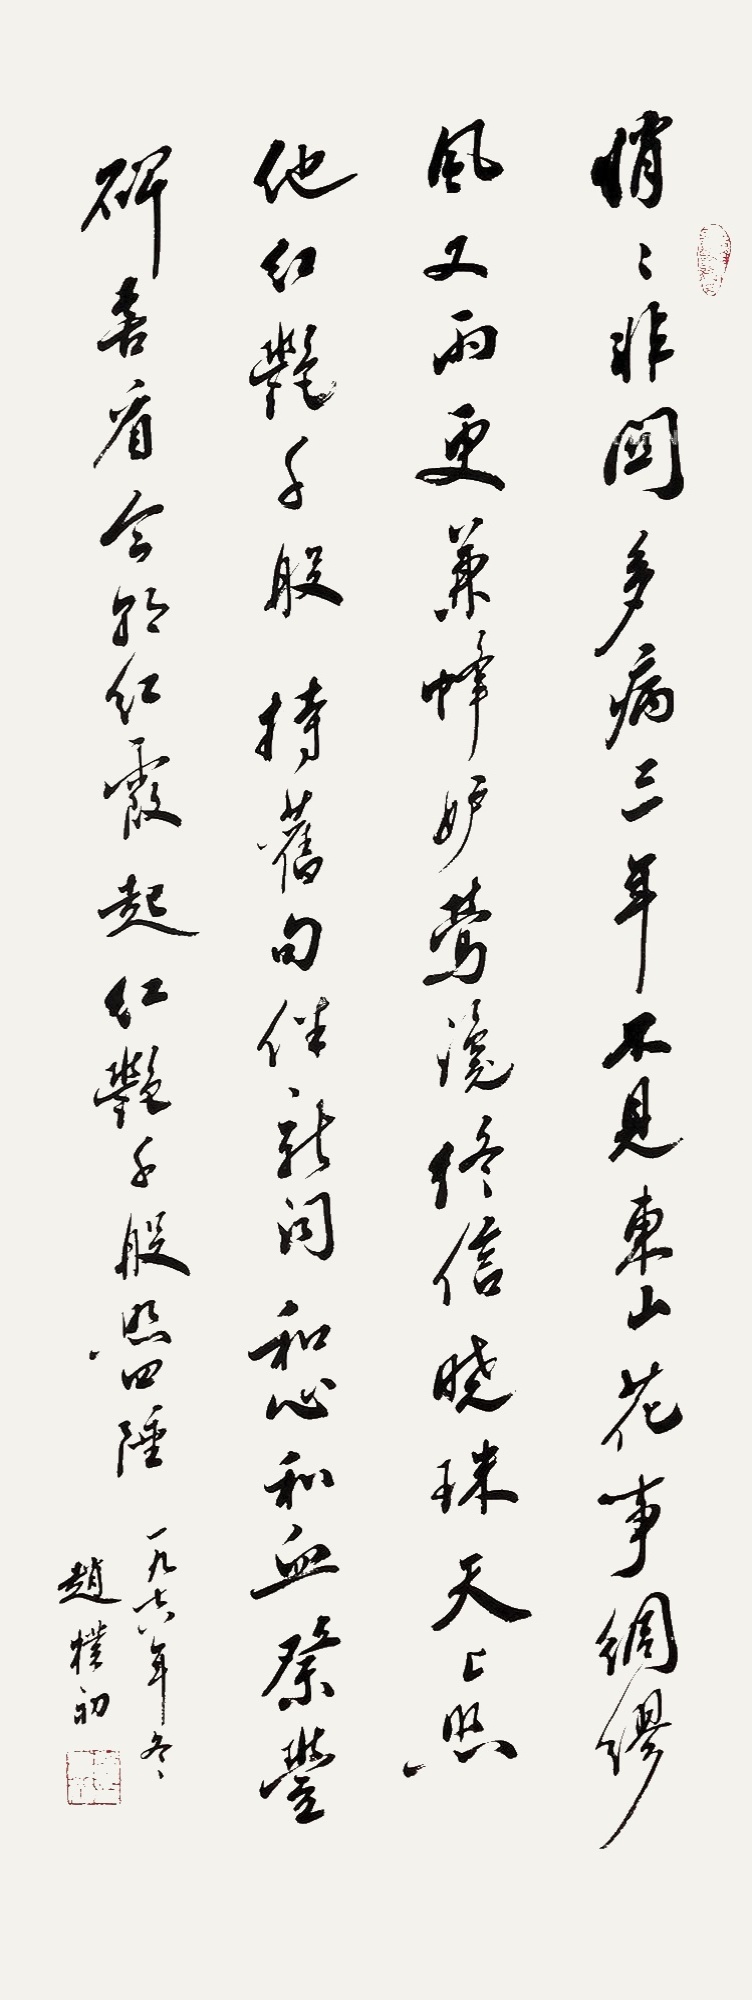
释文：悄悄非关多病，三年不见东山。花事绸缪风又雨，更兼蜂妒莺谗。终信晓珠天上，照他红艳千般。持旧句伴新词，和心和血祭丰碑。喜看今日明霞起，红艳千般照四陲。一九七八年冬，赵朴初